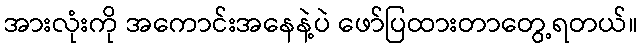
အားလုံးကို အကောင်းအနေနဲ့ပဲ ဖော်ပြထားတာတွေ့ရတယ်။